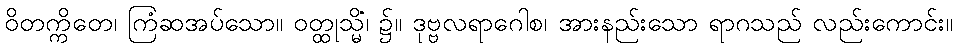
ဝိတက္ကိတေ၊ ကြံဆအပ်သော။ ဝတ္ထုသ္မိံ၊ ၌။ ဒုဗ္ဗလရာဂေါစ၊ အားနည်းသော ရာဂသည် လည်းကောင်း။